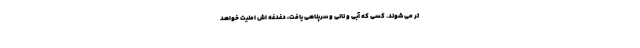
تر می شوند. کسی که آبی و نانی و سرپناهی یافت، دغدغه اش امنیت خواهد